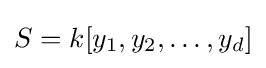
S=k[y_{1},y_{2},\ldots ,y_{d}]